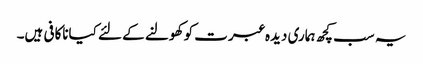
یہ سب کچھ ہماری دیدہ عبرت کو کھولنے کے لئے کیاناکافی ہیں۔